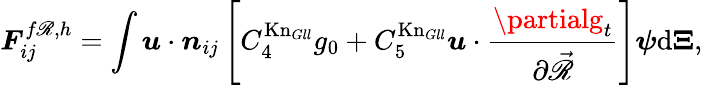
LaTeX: \boldsymbol{F}_{ij}^{f\mathscr{R},h}=\int\boldsymbol{u}\cdot\boldsymbol{n}_{ij}\left[C_{4}^{\mathrm{{Kn}}_{Gll}}g_{0}+C_{5}^{\mathrm{{Kn}}_{Gll}}\boldsymbol{u}\cdot\frac{{\partialg_{t}}}{{\partial\vec{{\mathscr{R}}}}}\right]\boldsymbol{\psi}\mathrm{{{d}}}\boldsymbol{\Xi},